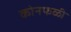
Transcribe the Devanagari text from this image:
कोनफळी